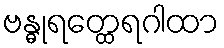
ဗန္ဓုရတ္ထေရဂါထာ